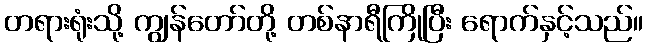
တရားရုံးသို့ ကျွန်တော်တို့ တစ်နာရီကြိုပြီး ရောက်နှင့်သည်။